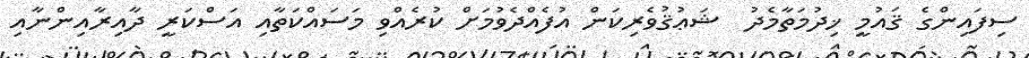
ސިފައިންގެ ޤައުމީ ޚިދުމަތާމެދު  ޝަޢުޤުވެރިކަން އުފެއްދެވުމަށް ކުރެއްވި މަސައްކަތާއި އަސްކަރީ ދާއިރާއިންނާއި